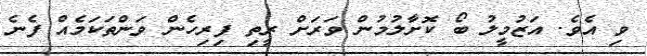
ވި އެވެ. އަޒުމީލު ބޯ ކޮށާލުމުން ވަރަށް ރީތި ފިރިހެން ވަންތަކަމެއް ފެނެ